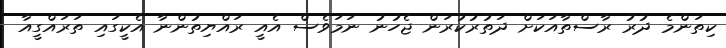
ކިތަންމެ ދުރު ރާސްތާއަކަށް ދަތުރުކުރަން ޖެހުނު ނަމަވެސް އެއީ ރައްޔިތުންނާ އެކީގައި ތަރައްގީއާ